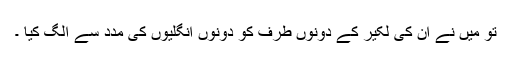
تو میں نے ان کی لکیر کے دونوں طرف کو دونوں انگلیوں کی مدد سے الگ کیا ۔